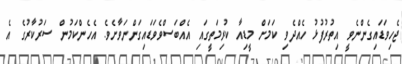
ޖެހިވަޑައިގެންނެވީ އިތުރުފުޅު ހެއްދެވި ކަމަށް މީޑިއާ ކުރިމަތީގައި އެއްބަސްވެވަޑައިގަންނަވާށެވެ. އެހެންކަމުން ސަރުކާރުގެ އެ